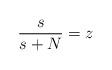
LaTeX: \begin{align*}\frac{s}{s+N}=z \end{align*}